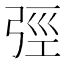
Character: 弳